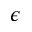
\epsilon